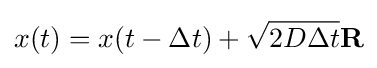
x(t)=x(t-\Delta t)+{\sqrt {2D\Delta t}}\mathbf {R}